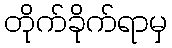
တိုက်ခိုက်ရာမှ